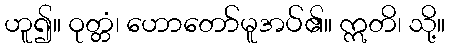
ဟူ၍။ ဝုတ္တံ၊ ဟောတော်မူအပ်၏။ ဣတိ၊ သို့။